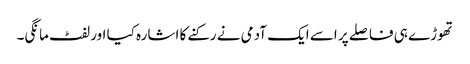
تھوڑے ہی فاصلے پر اسے ایک آدمی نے رکنے کا اشارہ کیا اور لفٹ مانگی۔